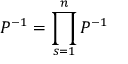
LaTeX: { { \cal P } } ^ { - 1 } = \prod _ { s = 1 } ^ { n } { { \cal P } } ^ { - 1 }